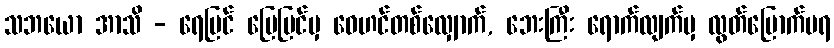
သဘယော အာသိ - ရေပြင် မြေပြင်မှ ဝေဟင်တစ်လျှောက်, ဘေးကြီး ရောက်လျက်မှ လွတ်မြောက်မရ